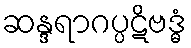
ဆန္ဒရာဂပ္ပဋိဗဒ္ဓံ